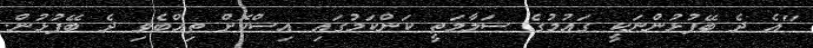
"އެ ދެ ބޭފުޅުންނަކީ ގައުމުގެ ސަލާމަތީ ކަންކަމުގައި އިސްކޮށް ތިއްބެވި ދެ ބޭފުޅުން.